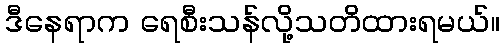
ဒီနေရာက ရေစီးသန်လို့သတိထားရမယ်။